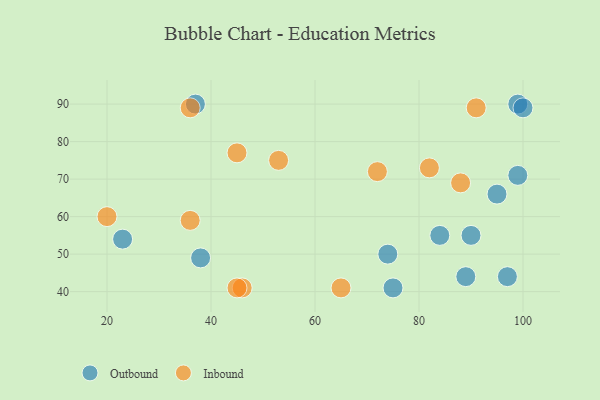
{"axis": {"x": "GDP", "y": "Life Expectancy"}, "legend": ["Inbound", "Outbound"], "data": [{"x": "99", "y": 71, "type": "Outbound"}, {"x": "99", "y": 90, "type": "Outbound"}, {"x": "84", "y": 55, "type": "Outbound"}, {"x": "90", "y": 55, "type": "Outbound"}, {"x": "23", "y": 54, "type": "Outbound"}, {"x": "95", "y": 66, "type": "Outbound"}, {"x": "74", "y": 50, "type": "Outbound"}, {"x": "97", "y": 44, "type": "Outbound"}, {"x": "89", "y": 44, "type": "Outbound"}, {"x": "38", "y": 49, "type": "Outbound"}, {"x": "100", "y": 89, "type": "Outbound"}, {"x": "37", "y": 90, "type": "Outbound"}, {"x": "75", "y": 41, "type": "Outbound"}, {"x": "20", "y": 60, "type": "Inbound"}, {"x": "46", "y": 41, "type": "Inbound"}, {"x": "36", "y": 59, "type": "Inbound"}, {"x": "91", "y": 89, "type": "Inbound"}, {"x": "53", "y": 75, "type": "Inbound"}, {"x": "72", "y": 72, "type": "Inbound"}, {"x": "65", "y": 41, "type": "Inbound"}, {"x": "36", "y": 89, "type": "Inbound"}, {"x": "82", "y": 73, "type": "Inbound"}, {"x": "45", "y": 41, "type": "Inbound"}, {"x": "45", "y": 77, "type": "Inbound"}, {"x": "88", "y": 69, "type": "Inbound"}]}